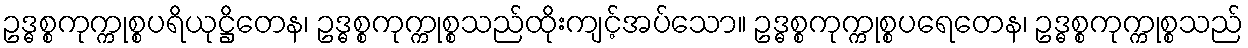
ဥဒ္ဓစ္စကုက္ကုစ္စပရိယုဋ္ဌိတေန၊ ဥဒ္ဓစ္စကုက္ကုစ္စသည်ထိုးကျင့်အပ်သော။ ဥဒ္ဓစ္စကုက္ကုစ္စပရေတေန၊ ဥဒ္ဓစ္စကုက္ကုစ္စသည်